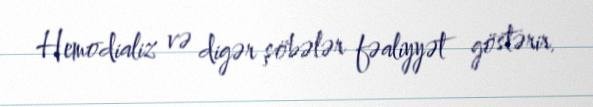
Hemodializ və digər şöbələr fəaliyyət göstərir.